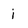
Character: i